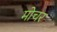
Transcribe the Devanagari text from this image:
मोचर